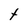
Character: t